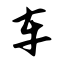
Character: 车